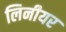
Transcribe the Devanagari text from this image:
लिनीयर